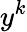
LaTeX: y^{k}